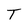
Character: T